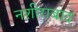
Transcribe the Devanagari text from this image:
नशीराबाद